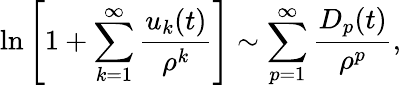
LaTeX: \ln\left[1+\sum_{k=1}^{\infty}{\frac{u_{k}(t)}{\rho^{k}}}\right]\sim\sum_{p=1}^{\infty}{\frac{D_{p}(t)}{\rho^{p}}},